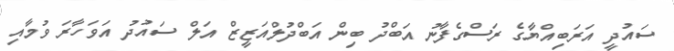
ސައުދީ އަރަބިއްޔާގެ ރަސްގެފާނު އަބްދު ބިން އަބްދުލްއަޒީޒް އަލް ސައުދު އަވަހާރަ ވުމާއި